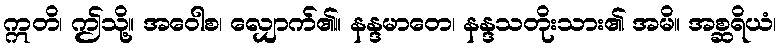
ဣတိ၊ ဤသို့။ အဝေါစ၊ လျှောက်၏။ နန္ဒမာတေ၊ နန္ဒသတိုးသား၏ အမိ။ အစ္ဆရိယံ၊